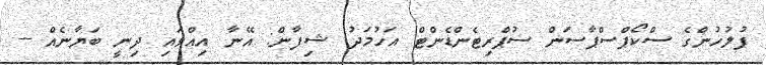
ފުލުހުންގެ ސްކޯޕްސްޕާސަން ސުޕްރިޓެންޑެންޓް އަހުމަދު ޝިފާން: އޭނާ އިއްވައި ދިނީ ބަޔާނެއް --